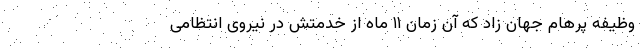
وظیفه پرهام جهان زاد که آن زمان ۱۱ ماه از خدمتش در نیروی انتظامی